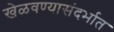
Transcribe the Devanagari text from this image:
खेळवण्यासंदर्भात